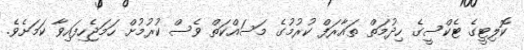
ކޮލިޓީގެ ޓެކްސީގެ ހިދުމަތް ތައާރަފް ކުރުމުގެ މަސައްކަތް ވެސް ކުރުމުށް ހަމަޖެހިފައިވާ ކަމަށެވެ.